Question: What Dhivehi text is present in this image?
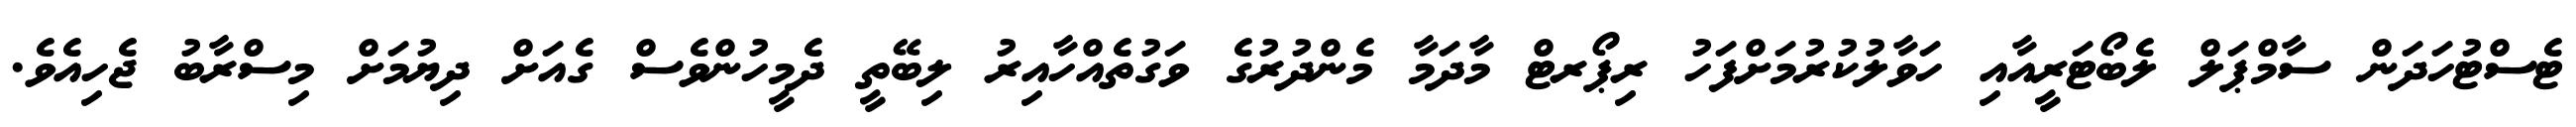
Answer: ޓެސްޓުހަދަން ސާމްޕަލް ލެބޯޓަރީއާއި ހަވާލުކުރުމަށްފަހު ރިޕޯރޓް މާދަމާ މެންދުރުގެ ވަގުތެއްހާއިރު ލިބޭތީ ދެމީހުންވެސް ގެއަށް ދިޔުމަށް މިސްރާބު ޖެހިއެވެ.